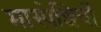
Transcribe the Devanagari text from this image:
मास्पेशियाँ